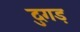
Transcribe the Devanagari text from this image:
दुगड़